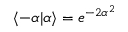
\langle - \alpha \vert \alpha \rangle = e ^ { - 2 \alpha ^ { 2 } }